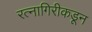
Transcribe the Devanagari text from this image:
रत्नागिरीकडून